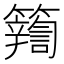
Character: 𮆽